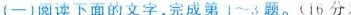
(一)阅读下面的文字,完成第 1~3题。(16 分)